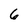
Character: 6